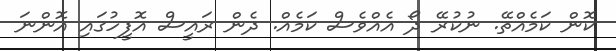
ކޮން ކަމެއްތޭ. ނުކުރޭ ދޯ އެއްވެސް ކަމެއް. ދެން ރައީސް އޮފީހުގައި އޮންނަ